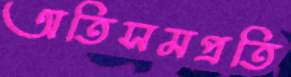
অতিসমপ্রতি